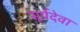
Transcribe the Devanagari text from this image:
सूर्यदेवा